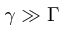
\gamma \gg \Gamma